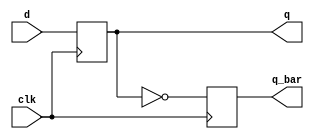
module dff_bad3(clk, d, q, q_bar);
    input  d, clk;
    output q, q_bar;
    reg    q, q_bar;

    always @(posedge clk) begin
        q     <= d;
        q_bar <= ~q;
    end
endmodule